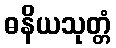
ဓနိယသုတ္တံ